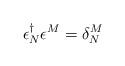
LaTeX: \begin{align*}\epsilon ^{\dagger }_{N}\epsilon ^{M}=\delta ^{M}_{N}\end{align*}